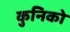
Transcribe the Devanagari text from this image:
कुनिको